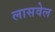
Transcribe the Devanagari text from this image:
लासवेल